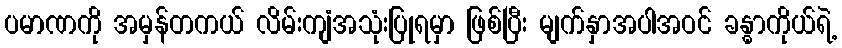
ပမာဏကို အမှန်တကယ် လိမ်းကျံအသုံးပြုရမှာ ဖြစ်ပြီး မျက်နှာအပါအဝင် ခန္ဓာကိုယ်ရဲ့